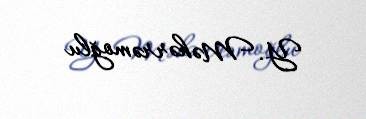
Y. Məhərrəmoğlu